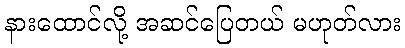
နားထောင်လို့ အဆင်ပြေတယ် မဟုတ်လား